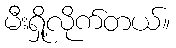
မီးရှို့လိုက်တယ်။